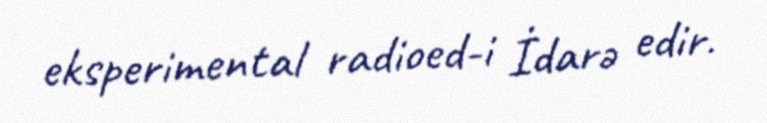
eksperimental radioed-i İdarə edir.